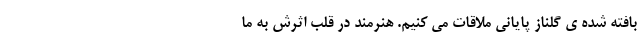
بافته شده ی گلناز پایانی ملاقات می کنیم. هنرمند در قلبِ اثرش به ما